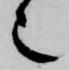
也